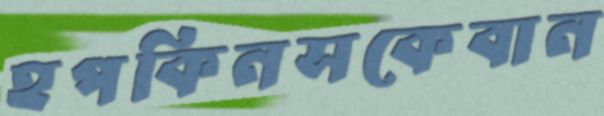
হপকিনসকেবান